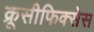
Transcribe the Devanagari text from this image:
क्रूसीफिक्‍सेस